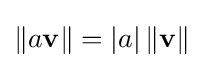
\|a\mathbf {v} \|=\left|a\right|\left\|\mathbf {v} \right\|